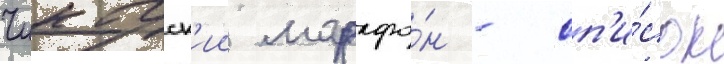
Чикагск'ии марафо́н - сп'и́сок